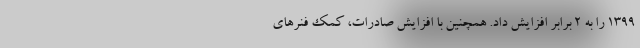
۱۳۹۹ را به ۲ برابر افزایش داد. همچنین با افزایش صادرات، کمک فنرهای